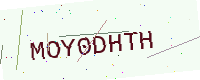
Text: MOY0DHTH